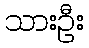
သားဦး